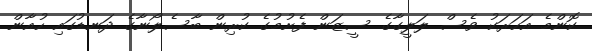
ކޮންމެ އަހަރަކު ވެސް ލަލީގާގެ ސީޒަން ފެށުމުގެ ކުރިން ބާސެލޯނާގެ ދަނޑުގައި ހުއާން